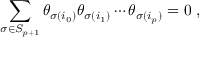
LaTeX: \sum _ { \sigma \in S _ { p + 1 } } \theta _ { \sigma ( i _ { 0 } ) } \theta _ { \sigma ( i _ { 1 } ) } \cdots \theta _ { \sigma ( i _ { p } ) } = 0 \; ,